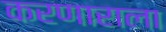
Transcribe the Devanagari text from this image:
करणाराला